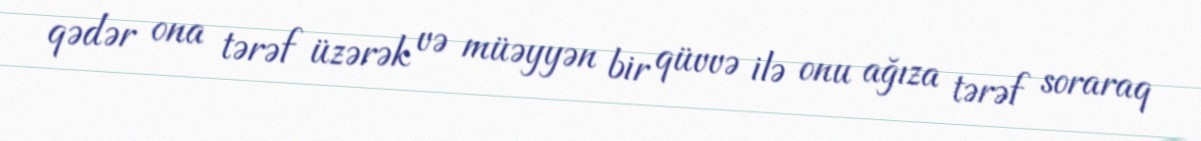
qədər ona tərəf üzərək və müəyyən bir qüvvə ilə onu ağıza tərəf soraraq